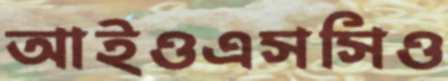
আইওএসসিও